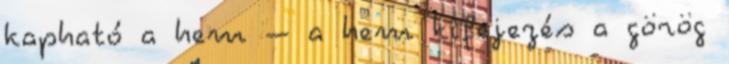
kapható a hem – a hem kifejezés a görög